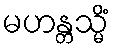
မဟန္တသ္မိံ